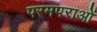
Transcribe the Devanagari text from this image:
परमपराओं